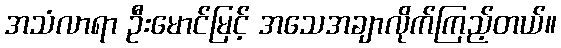
အသံလာရာ ဦးမောင်မြင့် အသေအချာလိုက်ကြည့်တယ်။